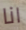
انا